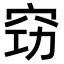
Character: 𥥙